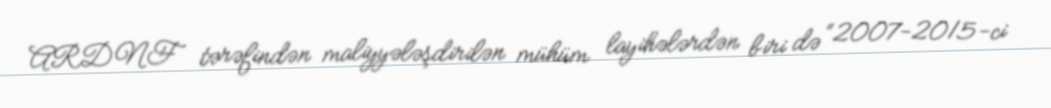
ARDNF tərəfindən maliyyələşdirilən mühüm layihələrdən biri də “2007-2015-ci